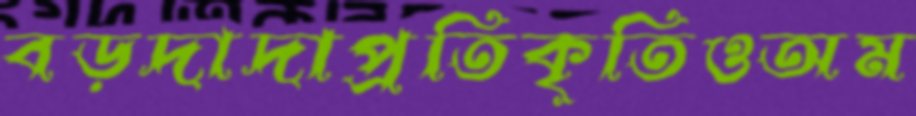
বড়দাদাপ্রতিকৃতিওঅম